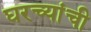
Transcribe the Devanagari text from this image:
घरच्यांची